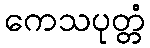
ကေသပုတ္တံ